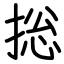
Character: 捴